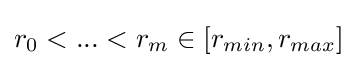
r_{0}<...<r_{m}\in [r_{min},r_{max}]